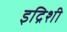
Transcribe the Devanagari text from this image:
इद्रिशी